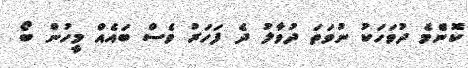
ކޮންެމެ ދުވަހަކު ނުވަތަ ދުވާލު ދެ ފަހަރު ވެސް ބައެއް މީހުން ބޯ